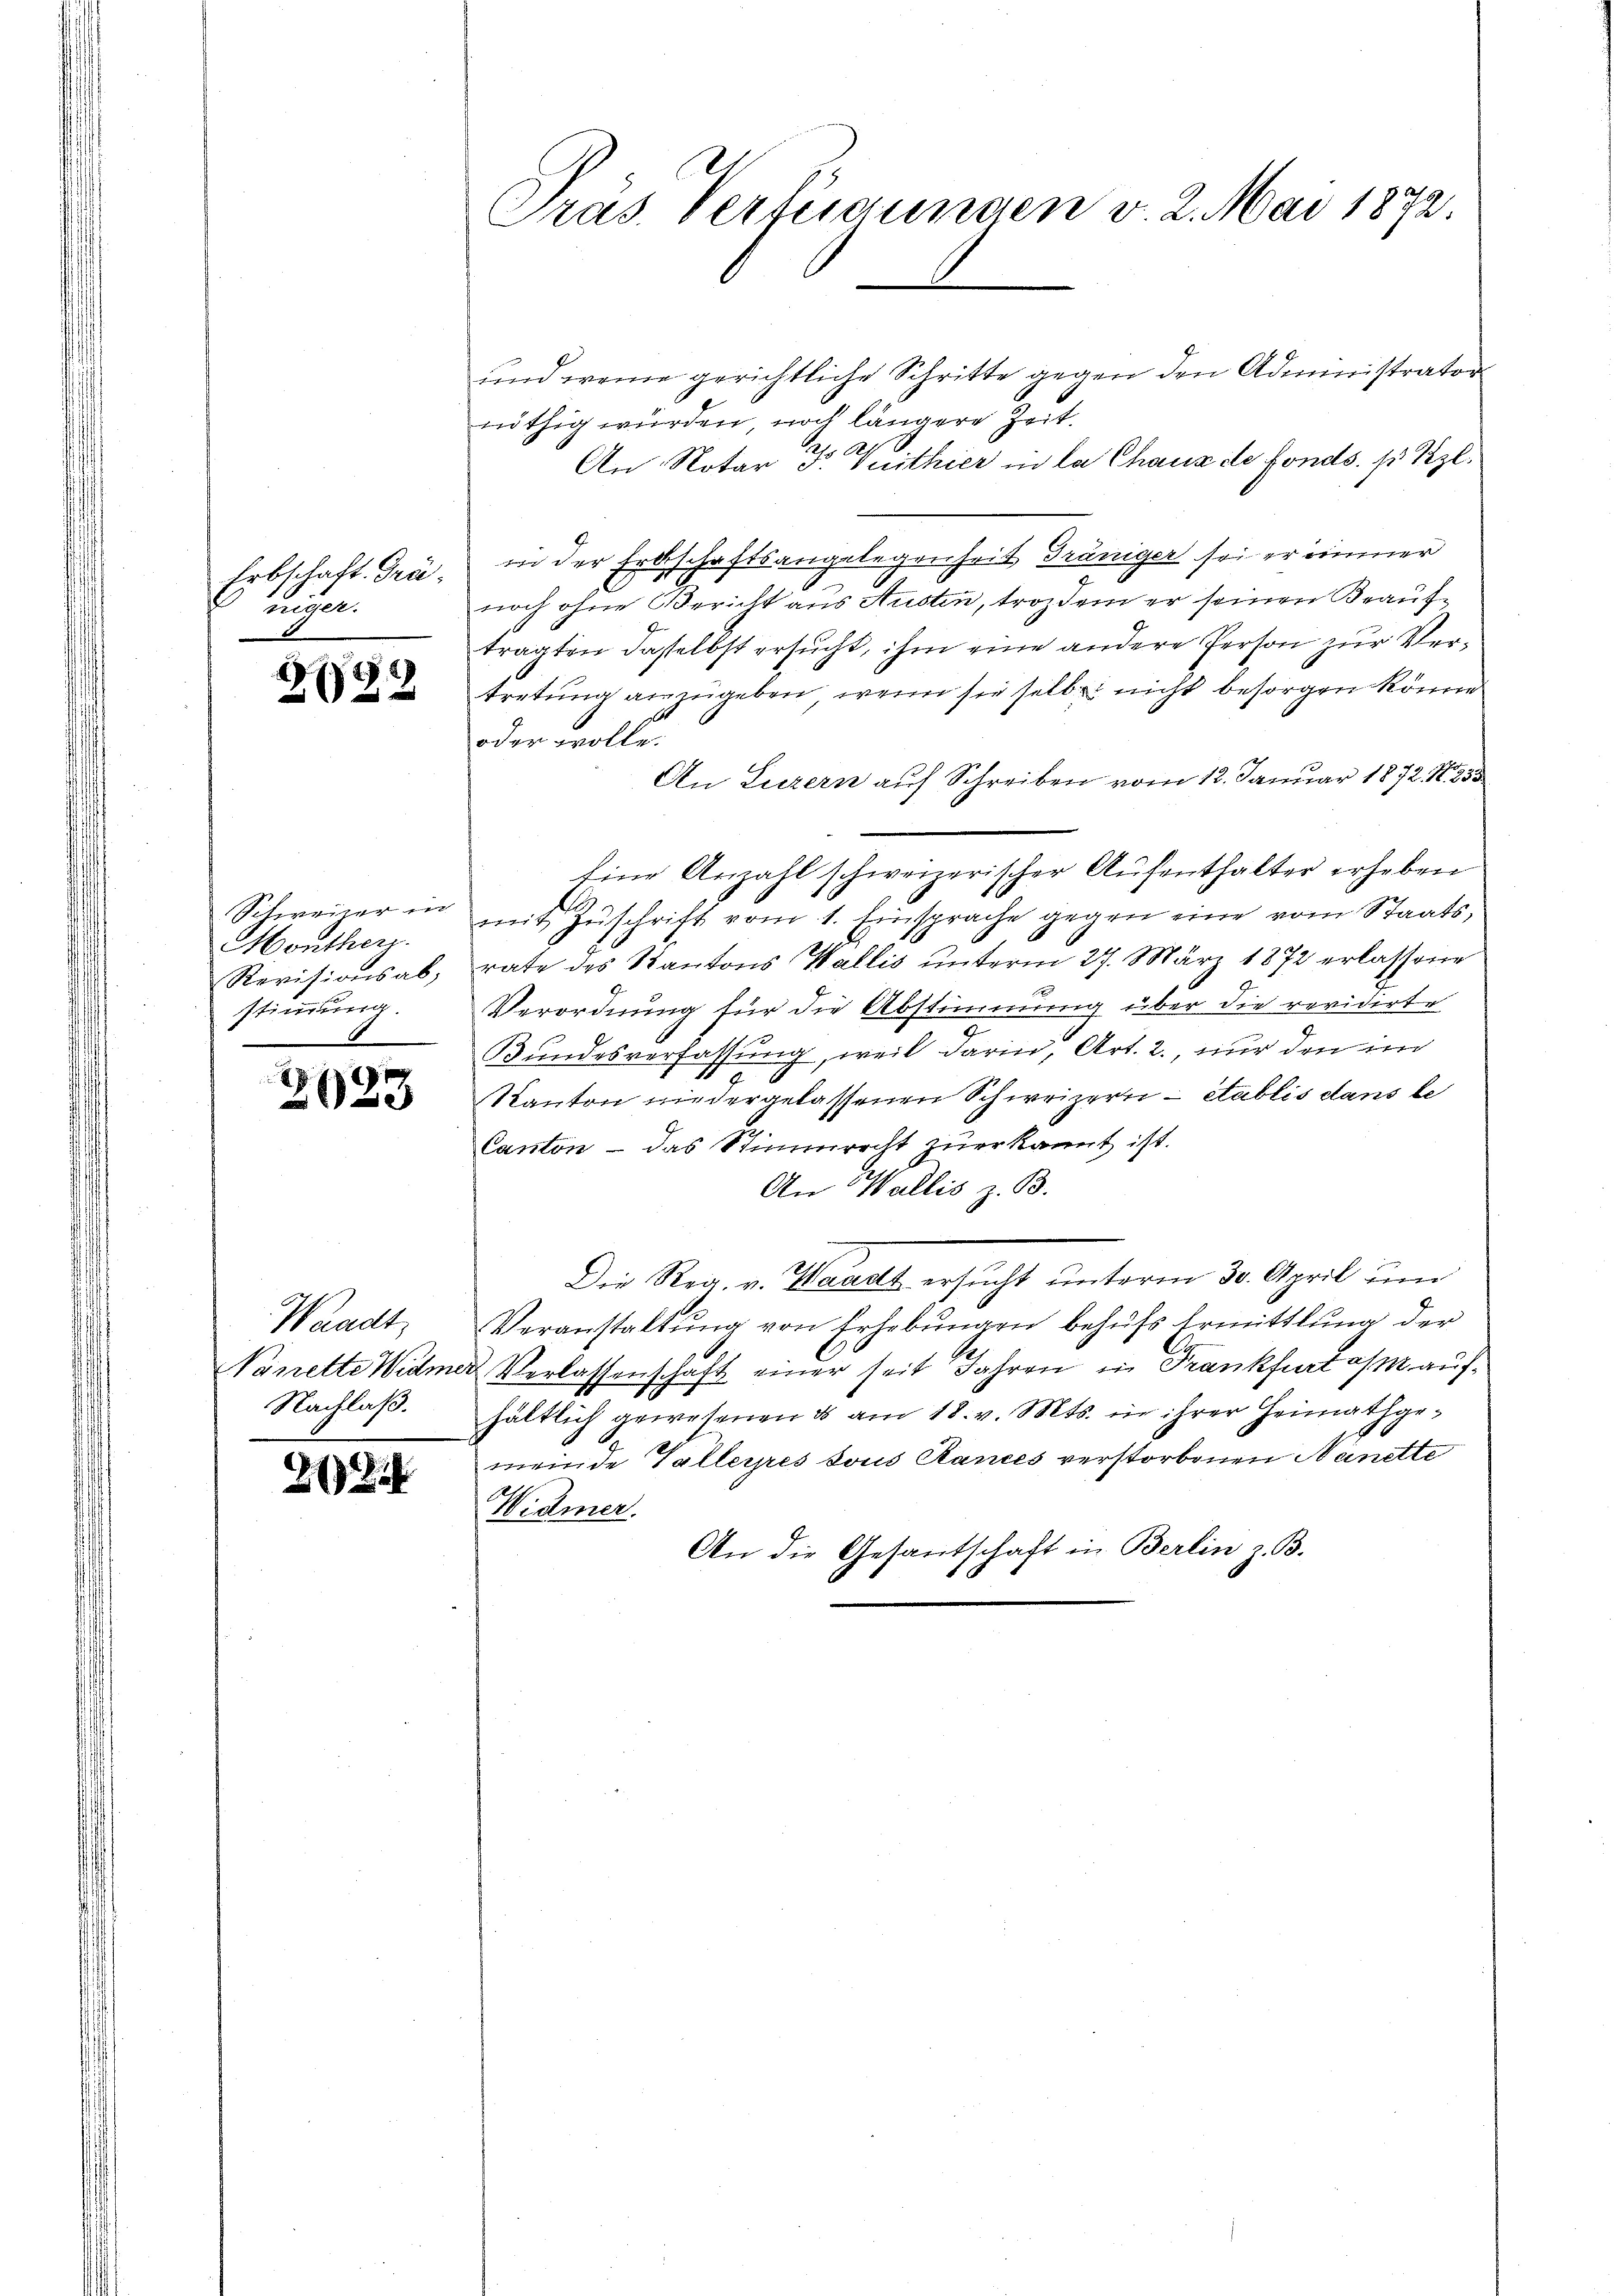
niger.

32

Schweizer in
Montherz.
Revisionsab,
stimmung

¬
2

Waadt,
Nachlaß.

d

22

Präs. Verfügungen v. 2. Mai 1872.

und wenn gerichtliche Schritte gegen den Administrator
nöthig würden, noch längere Zeit.
An Notar F. Vuithier in la Chaus de fonds. pr. Kgl.
Erbschaft Gra, in der Erdschaftsangelegenheit Grüniger sei er immer
noch ohne Bericht aus Austen, troz dem er seinen Beauftragten dasselbst ersucht, ihm eine andere Person zur Vertretung anzugeben, wenn sie selbe nicht besorgen könne
oder wolle.
An Luzern auf Schreiben vom 12. Januar 1872. N. 253
Eine Anzahl schweizerischer Aufenthalter erheben
mit Zŭschrift vom 1. Einsprache gegen eine vom Staats-
rate des Kantons Wallis unterm 27. März 1872 erlassene
1
Verordnung für die Abstimmung über die revidirte
Bundesverfassung, weil darin, Art. 2., nur den in
3
Kanton niedergelassenen Schweizern - etablis dans le
Canton - das Stimmrecht zuerkannt ist.
An Wallis z. B.
Die Reg. v. Waadt ersucht unterm 30. April un
Veranstaltung von Erhebŭngen behufs Ermittlung der
A
Nanette Widmer Verlassenschaft einer seit Jahren in Frankfurt am aufhältlich gewesenen & am 18. v. Mts. in ihrer Heimathge¬
6
G
meinde Valleyres sous Rances verstorbenen Nanette
Widmer.
An die Gesantschaft in Berlin z. B.